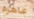
عاهره